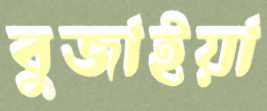
বুজাইয়া